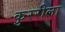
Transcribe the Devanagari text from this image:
कुररीला